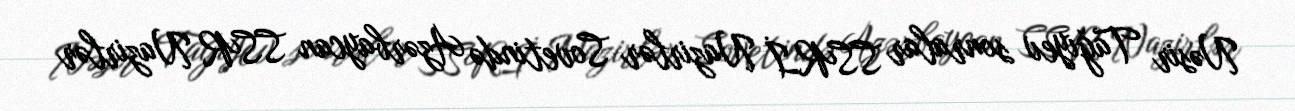
Nəsir Tağıyev sonralar SSRİ Nazirlər Sovetində Azərbaycan SSR Nazirlər